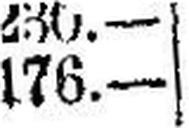
176.—